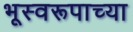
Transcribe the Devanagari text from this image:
भूस्वरूपाच्या